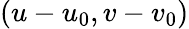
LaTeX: (u-u_{0},v-v_{0})